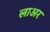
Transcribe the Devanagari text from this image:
लाअर